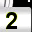
Digit: 2